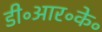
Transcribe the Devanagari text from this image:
डी॰आर॰के॰